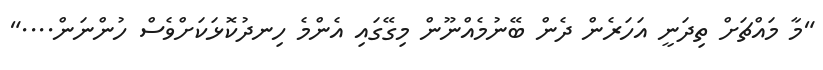
"މާ މައްޗަށް ތިދަނީ އަހަރެން ދެން ބޭނުމެއްނޫން މިގޭގައި އެންމެ ހިނދުކޮޅަކަށްވެސް ހުންނަން...."